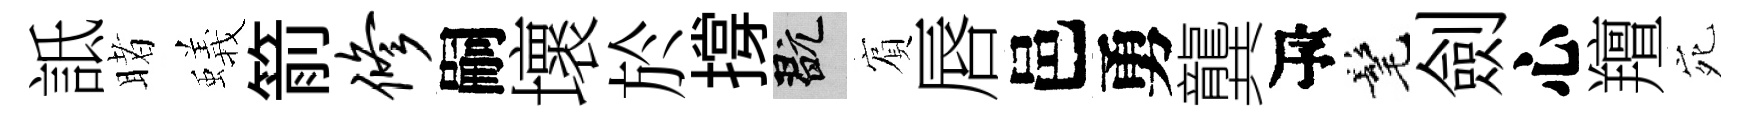
詆睹蟻箭修嗣壞於撐玩賔唇邑勇龔瓴髦劍心羶宛